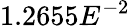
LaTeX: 1.2655E^{-2}